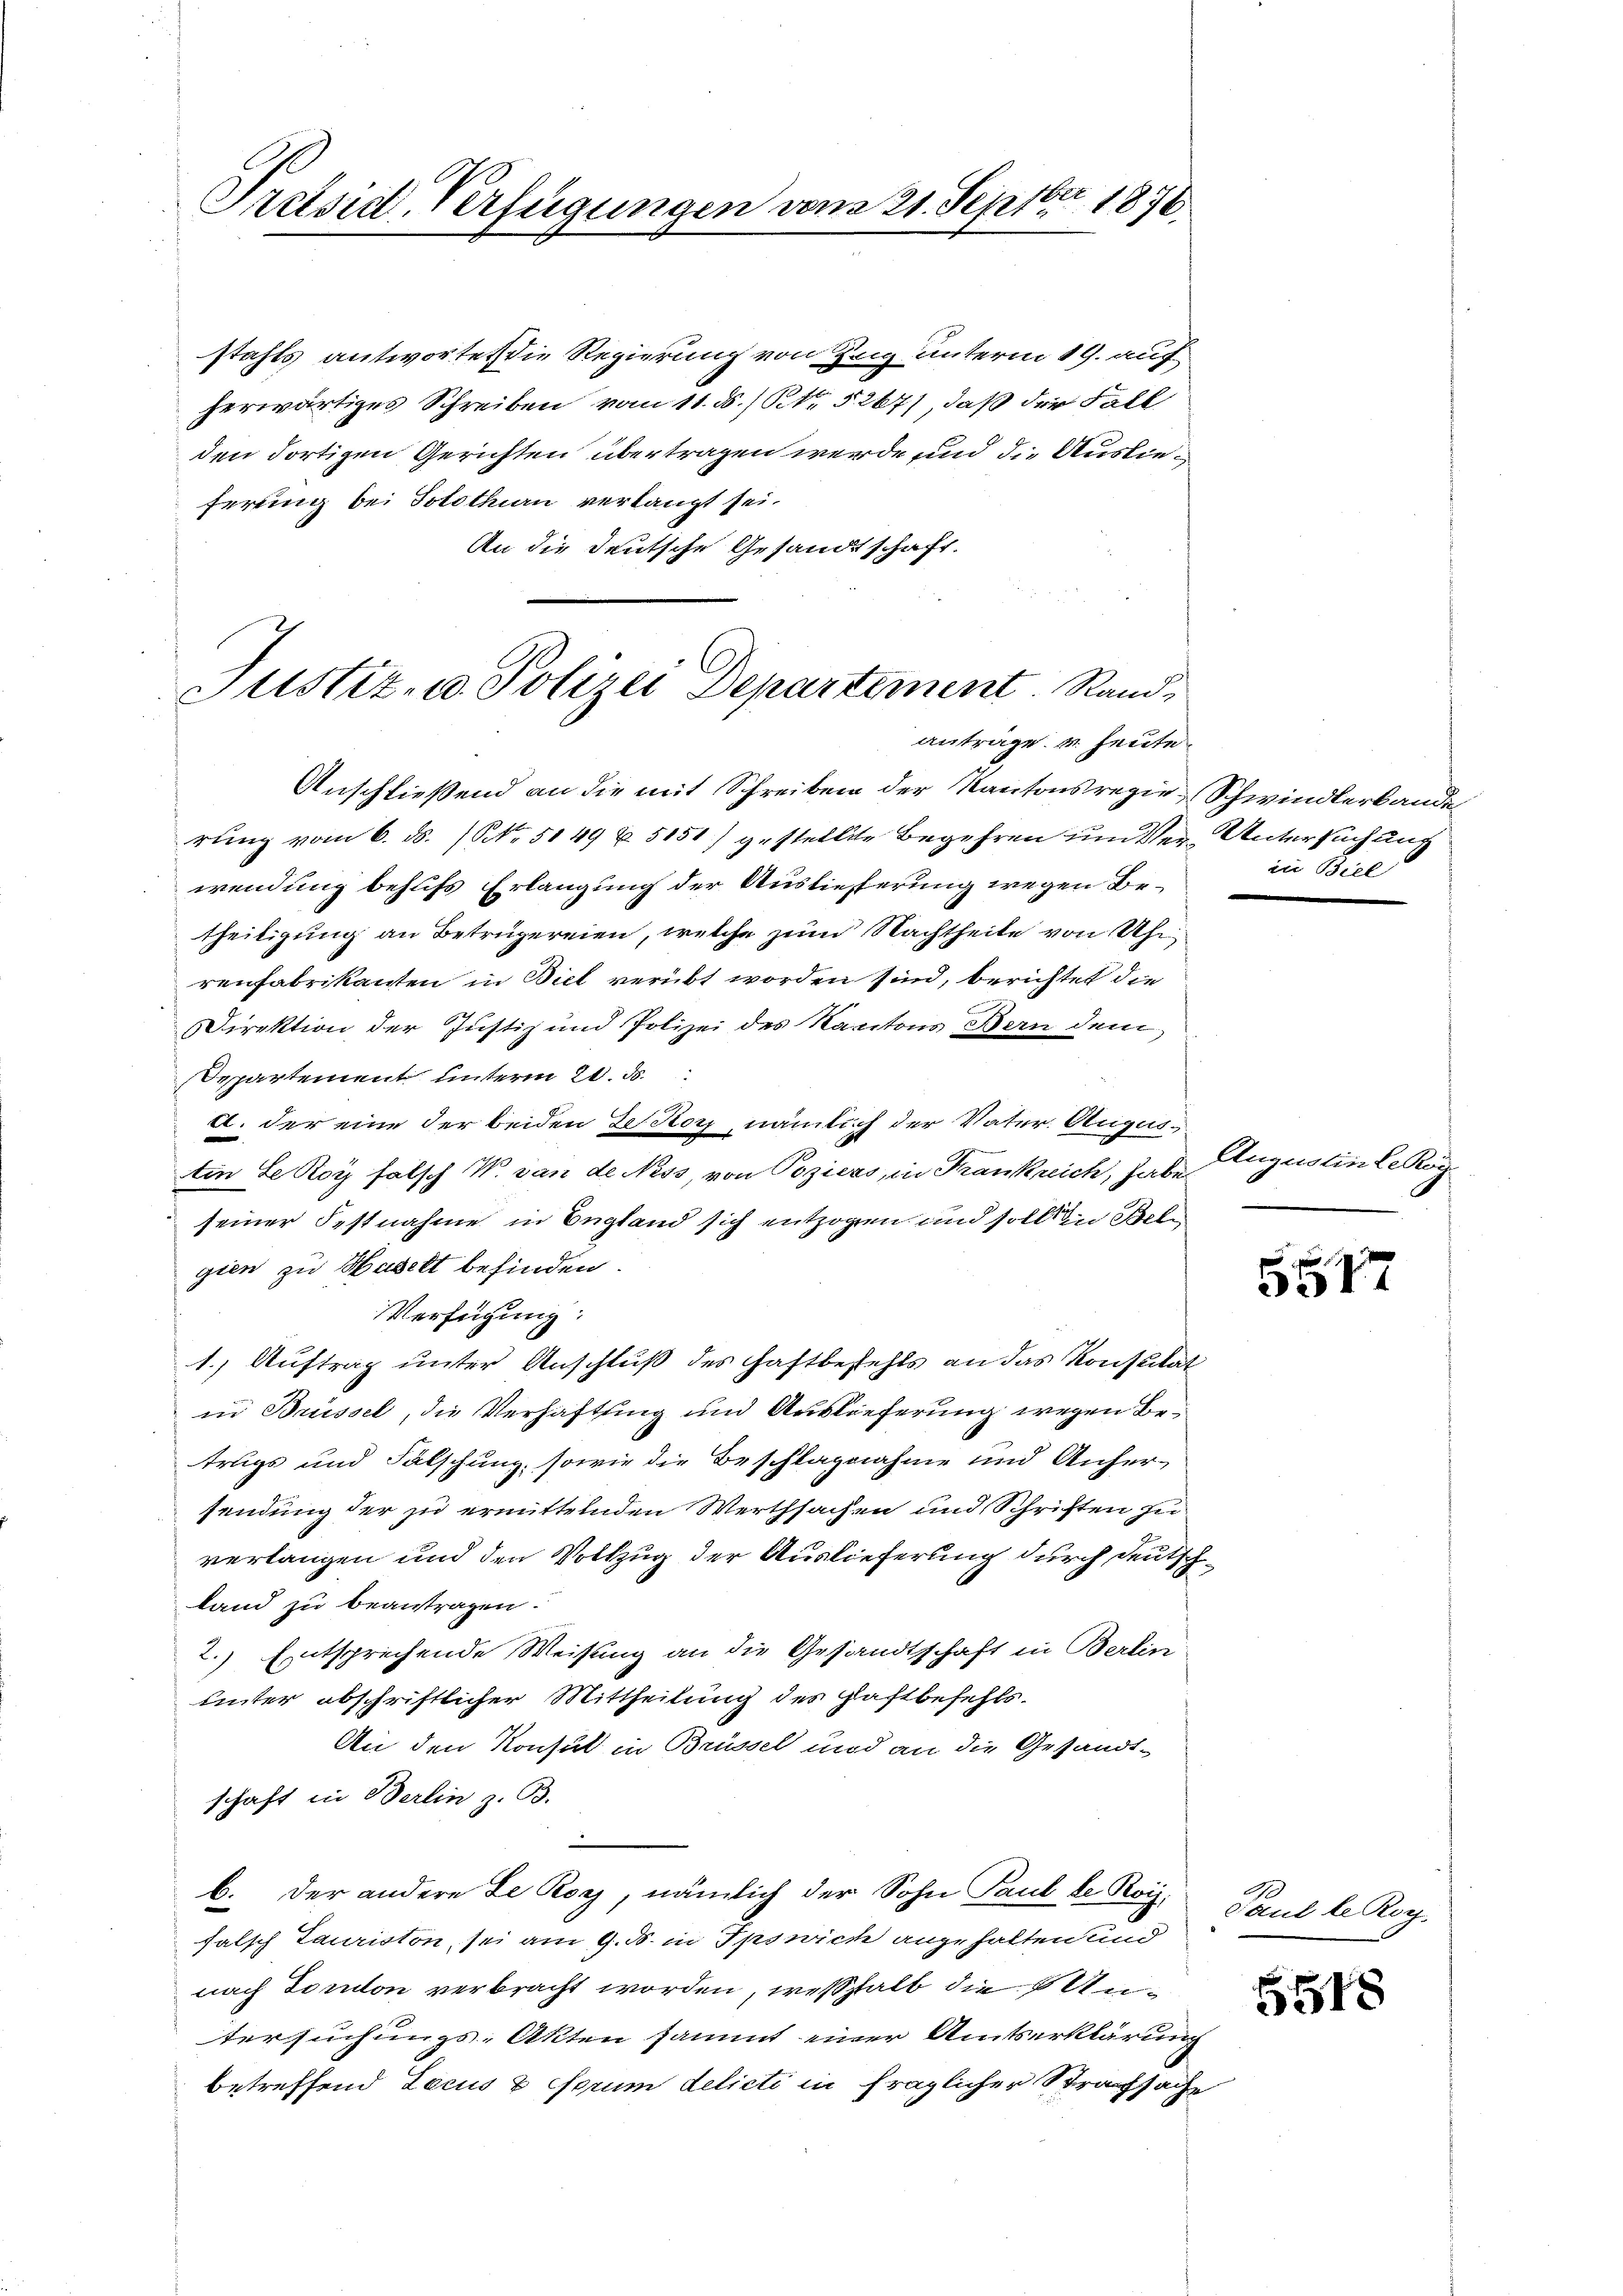
Preisit Verfügungen vom 21. Septbr. 1876.

stahls antwortet die Regierung von Zug unterm 19. auf
herwärtiges Schreiben vom 11. ds. / NNo. § 267), daß der Fall
den dortigen Gerichten übertragen werde und die Auslieferung bei Solothurn verlangt sei.
An die deutsche Gesandtschaft.

Justiz- u. Polizei Departement. Randanträge u. heute.

Anschließend an die mit Schreiben der Kantonsregie-Schwindlerbande
rung vom 6. ds. (NNo. 5149 u. 5151) gestellte Begehren um Ver-Untersuchung
wendung behufs Erlangung der Auslieferung wegen Betheiligung an Betrügereien, welche zum Nachtheile von Uhr
renfabrikanten in Biel verübt worden sind, berichtet die
Direktion der Justiz und Polizei des Kantons Bern dem
Departement unterm 20. d.
1. der eine der beiden Rector, nämlich der Vater. Augus
in Se Roy falsch W. dan de Ness, von Poziers, in Krankreich, habe
seiner Festnahme in England sich entzogen und sollen Bele
gien zu Haselt befinden.
Verfügung:
1.) Auftrag unter Anschluß des Haftbestehts an das Konstitat
in Brüssel, die Verhaftung und Auslieferung wegen Betrugs und Falschung, sowie die Beschlagnahme und Anhersendung der zu ermittelnden Werthsachen und Schriften zu
verlangen und den Volkzug der Auslieferung durch deutsch
land zu beantragen.
2.) Entsprechende Weisung an die Gesandtschaft in Berlin
unter abschriftlicher Mittheilung des Haftbefehls¬
An den Konsul in Brüssel und an die Gesandtschaft in Berlin z. B.
.
b. der andere Le Roy, nämlich der Sohn Paul de Rois.
falsch Lauriston, sei am 9. d. in Ipswicke angehalten und
nach Toulon verbracht worden, weßhalb die Untersuchungs-Akten sammt einer Amtserklärung
betreffend Lecus & Forum delicti in fraglicher Strafsache

in Biel

Augustin Rekog

317

Paul le Roch

e

5518